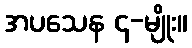
အပသေန ၄-မျိုး။